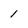
Character: 1